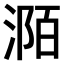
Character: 𣶊